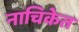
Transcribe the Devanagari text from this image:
नाचिकेत